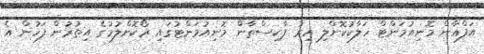
އަފްޣާން މޮނިއުމަންޓް ހަލާކުކޮށްލި އިރު ޕާކިސްތާން މޮނިއުމަންޓުގައި ރޯކޮށްލުމުގެ އިތުރުން ފަހުން އެ